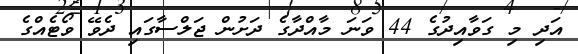
އަދި މި ގަވާއިދުގެ 44 ވަނަ މާއްދާގެ ދަށުން ޖަލްސާގައި ދެވޭ ވޯޓެއްގެ